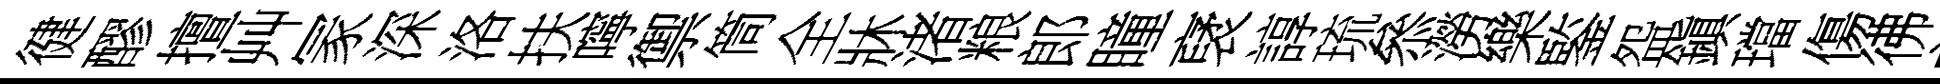
徤醪擅艸冡深洛扶嚀禦筒全牀渚粮郎瞳裦諄琉叅澇樂鍳盌鎭璫傷彿內